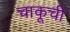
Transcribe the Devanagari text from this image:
चाकूची